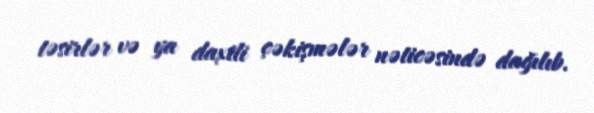
təsirlər və ya daxili çəkişmələr nəticəsində dağılıb.